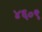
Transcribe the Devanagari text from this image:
४६०९